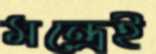
মন্ত্রেই